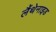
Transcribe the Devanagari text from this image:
लैंथेनाइड